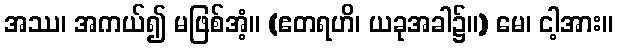
အဿ၊ အကယ်၍ မဖြစ်အံ့။ (ဧတရဟိ၊ ယခုအခါ၌။) မေ၊ ငါ့အား။